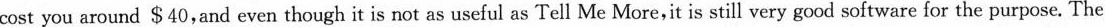
cost you around $40,and even though it is not as useful as Tell Me More,it is still very good software for the purpose. The